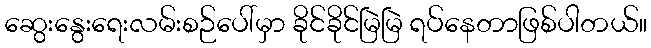
ဆွေးနွေးရေးလမ်းစဉ်ပေါ်မှာ ခိုင်ခိုင်မြဲမြဲ ရပ်နေတာဖြစ်ပါတယ်။